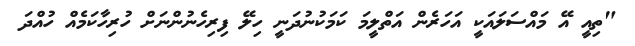
"ތިއީ އޭ މައްސަލައަކީ އަހަރެން އަތްލީމަ ކަމަކުނުދަނީ ހިލޭ ފިރިހެނުންނަށް ހުރިހާކަމެއް ހުއްދަ